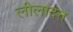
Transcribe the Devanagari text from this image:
लीलादत्त